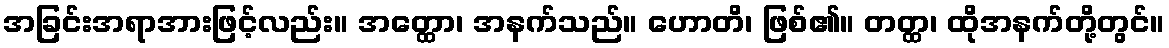
အခြင်းအရာအားဖြင့်လည်း။ အတ္ထော၊ အနက်သည်။ ဟောတိ၊ ဖြစ်၏။ တတ္ထ၊ ထိုအနက်တို့တွင်။